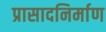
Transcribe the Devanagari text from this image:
प्रासादनिर्माण